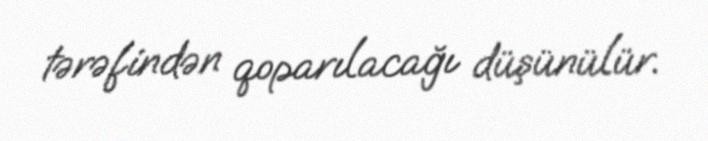
tərəfindən qoparılacağı düşünülür.